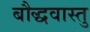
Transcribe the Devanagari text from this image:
बौद्धवास्तु